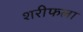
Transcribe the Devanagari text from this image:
शरीफला